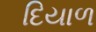
દિયાળ